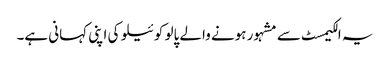
یہ الکیمسٹ سے مشہور ہونے والے پالو کوئیلو کی اپنی کہانی ہے۔